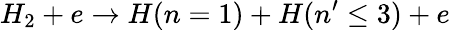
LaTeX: H_{2}+e\rightarrow H(n=1)+H(n^{\prime}\leq 3)+e